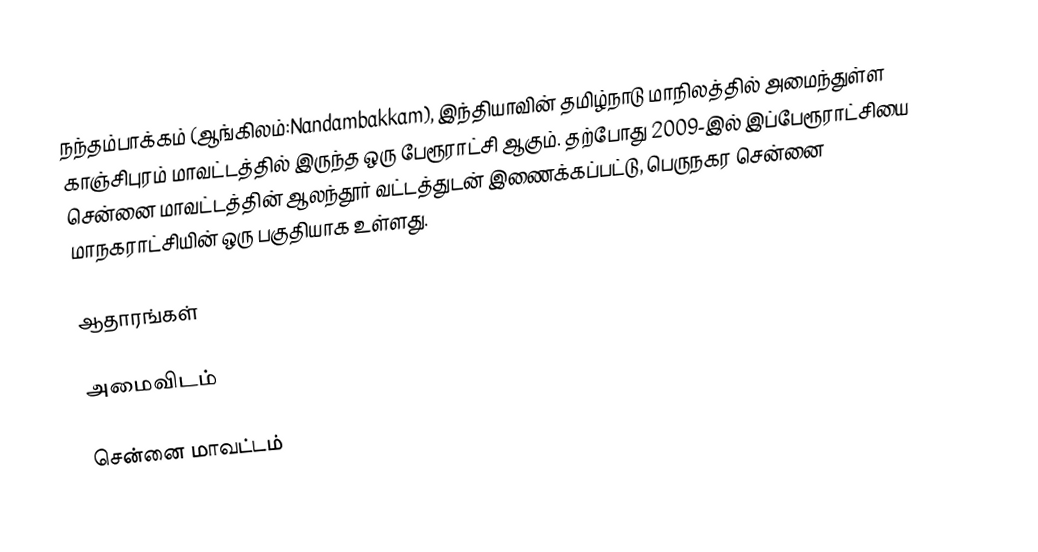
நந்தம்பாக்கம் (ஆங்கிலம்:Nandambakkam), இந்தியாவின் தமிழ்நாடு மாநிலத்தில் அமைந்துள்ள காஞ்சிபுரம் மாவட்டத்தில் இருந்த ஒரு பேரூராட்சி ஆகும். தற்போது 2009-இல் இப்பேரூராட்சியை சென்னை மாவட்டத்தின் ஆலந்தூர் வட்டத்துடன் இணைக்கப்பட்டு, பெருநகர சென்னை மாநகராட்சியின் ஒரு பகுதியாக உள்ளது.

ஆதாரங்கள்

அமைவிடம்

சென்னை மாவட்டம்